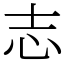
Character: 志